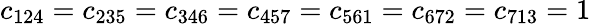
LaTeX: c_{124}=c_{235}=c_{346}=c_{457}=c_{561}=c_{672}=c_{713}=1